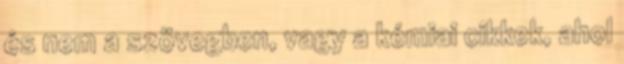
és nem a szövegben, vagy a kémiai cikkek, ahol